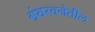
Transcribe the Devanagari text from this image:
ग्रंथरचनेतील